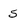
Character: 5